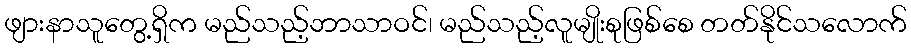
ဖျားနာသူတွေ့ရှိက မည်သည့်ဘာသာဝင်၊ မည်သည့်လူမျိုးစုဖြစ်စေ တတ်နိုင်သလောက်